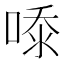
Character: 𭈿